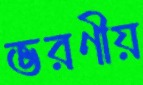
ভরণীয়